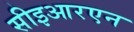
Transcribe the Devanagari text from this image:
सीइआरएन